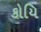
કોયિ